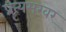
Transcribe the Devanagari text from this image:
प्रत्यमरवर